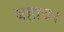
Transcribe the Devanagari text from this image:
बहाव।